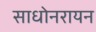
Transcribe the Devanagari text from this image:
साधोनरायन